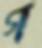
গ